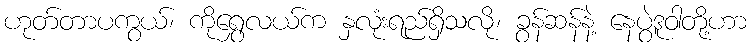
ဟုတ်တာပကွယ်၊ ကိုရွှေလယ်က နှလုံးရည်ရှိသလို၊ ခွန်ဆန်နဲ့ နေပွဲဒူဝါတို့ဟာ